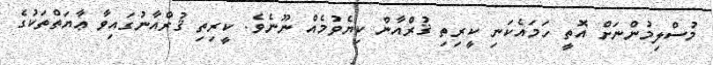
މުސްލިމުންނަށް އޮތީ ހަމައެކަނި ކީރިތި ޤުރްއާން ކިޔެވުމެއް ނޫނެވެ. ކީރިތި ޤުރްއާނުގައިވާ ޢާޔަތްތަކުގެ